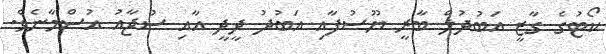
ކޯޓުގެ ގާޒީ އަބުދުލް ބާރީ ޔޫސުފާއި އަބުދު ދީދީ އާއި ސުޖާއު އުސްމާނެވެ.